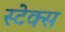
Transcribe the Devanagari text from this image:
स्टेक्स